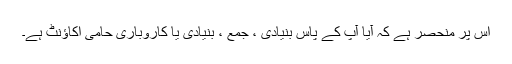
اس پر منحصر ہے کہ آیا آپ کے پاس بنیادی ، جمع ، بنیادی یا کاروباری حامی اکاؤنٹ ہے۔